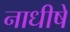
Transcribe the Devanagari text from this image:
नाधीषे